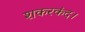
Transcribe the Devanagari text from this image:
शकरकंद।